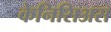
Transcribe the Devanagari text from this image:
केनिसिअस